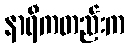
နာရီကတည်းက